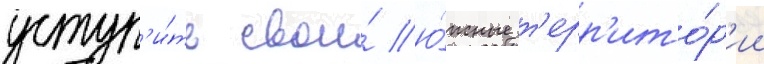
уступ'и́ть свои́ ю́жные т'ерр'ито́р'ии